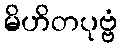
မိဟိတပုဗ္ဗံ